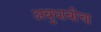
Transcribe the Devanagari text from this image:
अबुधाबीचा